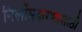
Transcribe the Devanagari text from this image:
निर्लोमकरणासाठी